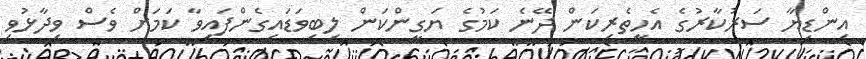
އިންޑިޔާ ސަރުކާރުގެ އެހީތެރިކަން ދޭނެ ކަމުގެ ޔަގީންކަން ލިބިވަޑައިގެންފައިވާ ކަމަށް ވެސް ވިދާޅުވި